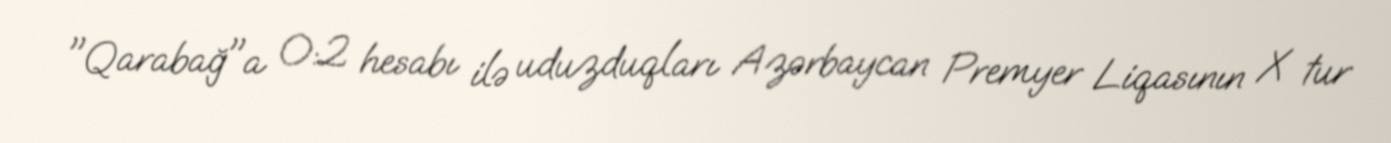
"Qarabağ"a 0:2 hesabı ilə uduzduqları Azərbaycan Premyer Liqasının X tur